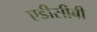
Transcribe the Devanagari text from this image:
एडीसीबी